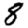
Digit: 8